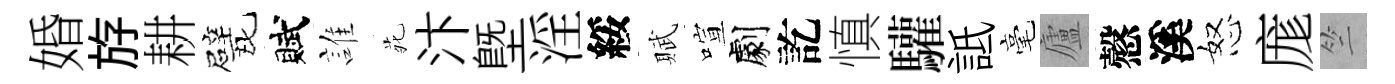
婚斿耕甓賦誰𫟍汴塈淫綏賦喧劇訖慎驩詆毫廬慤溪怒庬竺